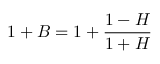
1 + B = 1 + \frac { 1 - H } { 1 + H }